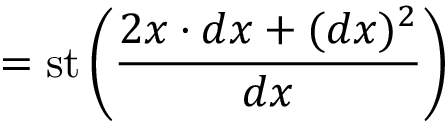
= \operatorname { s t } \left( { \frac { 2 x \cdot d x + ( d x ) ^ { 2 } } { d x } } \right)